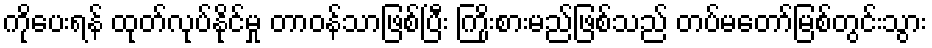
ကိုပေးရန် ထုတ်လုပ်နိုင်မှု တာဝန်သာဖြစ်ပြီး ကြိုးစားမည်ဖြစ်သည် တပ်မတော်မြစ်တွင်းသွား